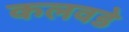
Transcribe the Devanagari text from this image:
कलवडे